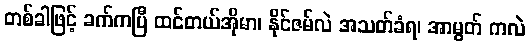
တစ်ခါဖြင့် ခက်ကပြီ ထင်တယ်အိုမာ၊ နိုင်ဇမ်လဲ အသတ်ခံရ၊ အာမွတ် ကလဲ